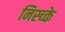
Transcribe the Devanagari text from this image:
निस्च्के